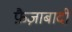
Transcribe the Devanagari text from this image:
फ़ैज़ाबादी